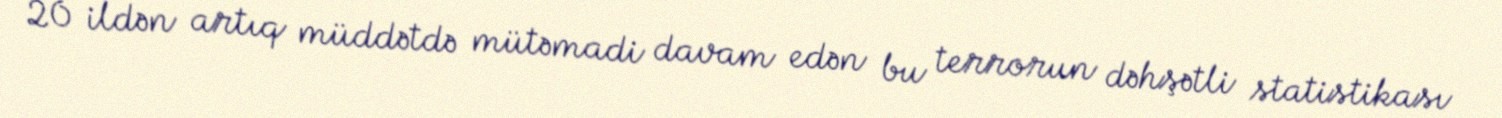
20 ildən artıq müddətdə mütəmadi davam edən bu terrorun dəhşətli statistikası